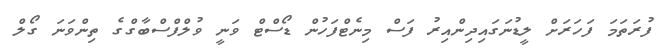
ފުރަތަމަ ފަހަރަށް ލީޑުނަގައިދިންއިރު ފަސް މިނެޓްފަހުން ޑޯސްޓް ވަނީ ވުލްފްސްބާގްގެ ތިންވަނަ ގޯލް